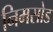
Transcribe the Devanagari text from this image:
निमसोड